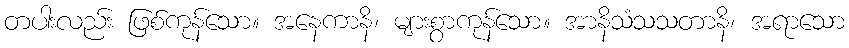
တပါးလည်း ဖြစ်ကုန်သော။ အနေကာနိ၊ များစွာကုန်သော။ အာနိသံသသတာနိ၊ အရာသော